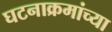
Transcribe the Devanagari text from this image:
घटनाक्रमांच्या